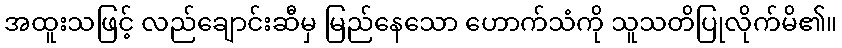
အထူးသဖြင့် လည်ချောင်းဆီမှ မြည်နေသော ဟောက်သံကို သူသတိပြုလိုက်မိ၏။